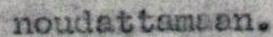
noudattamaan.